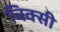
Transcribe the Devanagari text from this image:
चिक्सी